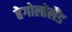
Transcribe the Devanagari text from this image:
हेगोलोलैंड